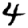
Digit: 4